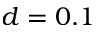
d = 0 . 1